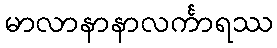
မာလာနာနာလင်္ကာရဿ